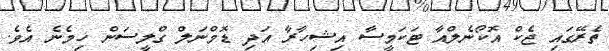
ތެރޭގައި ޖެކް އޮކޯނެލްއާ ޓަކަމީސާ އިޝިހާރާ އަދި ޑޮމްނަލް ގްލީސަން ހިމެނެ އެވެ.